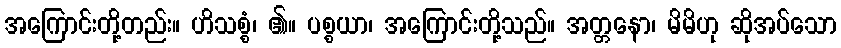
အကြောင်းတို့တည်း။ ဟိသစ္စံ၊ ၏။ ပစ္စယာ၊ အကြောင်းတို့သည်။ အတ္တနော၊ မိမိဟု ဆိုအပ်သော